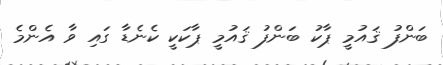
ބަންފު ޤައުމީ ޕާކު ބަންފު ޤައުމީ ޕާކަކީ ކެނެޑާ ގައި ވާ އެންމެ